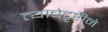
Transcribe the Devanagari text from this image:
त्याचेदृष्टीने